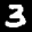
Label: 3